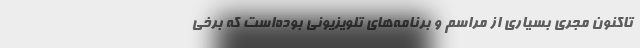
تاکنون مجری بسیاری از مراسم و برنامه‌های تلویزیونی بوده‌است که برخی